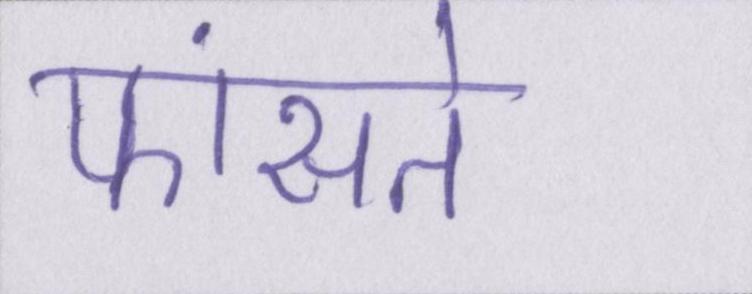
फांसते